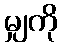
မျှကို